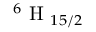
^ 6 \mathrm { ~ H ~ } _ { 1 5 / 2 }